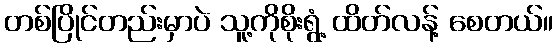
တစ်ပြိုင်တည်းမှာပဲ သူ့ကိုစိုးရွံ့ ထိတ်လန့် စေတယ်။